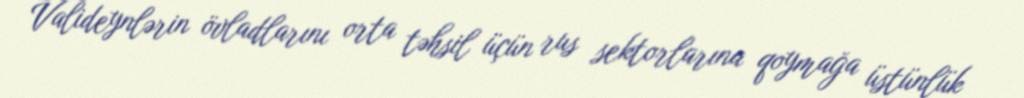
Valideynlərin övladlarını orta təhsil üçün rus sektorlarına qoymağa üstünlük